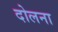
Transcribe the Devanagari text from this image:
दोलना